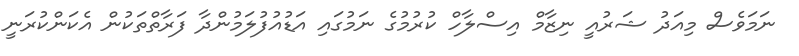
ނަމަވެސް މިއަދު ޝަރުއީ ނިޒާމް އިސްލާހް ކުރުމުގެ ނަމުގައި އަޑުއުފުލަމުންދާ ފަރާތްތަކުން އެކަންކުރަނީ